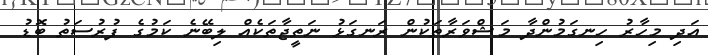
އަދި މިހާރު ހިނގަމުންދާ މަޝްވަރާތަކުން ރަނގަޅު ނަތީޖާތަކެއް ލިބޭނެ ކަމުގެ ފުރުސަތު ބޮޑު